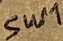
Text: SW1